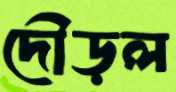
দৌড়ল